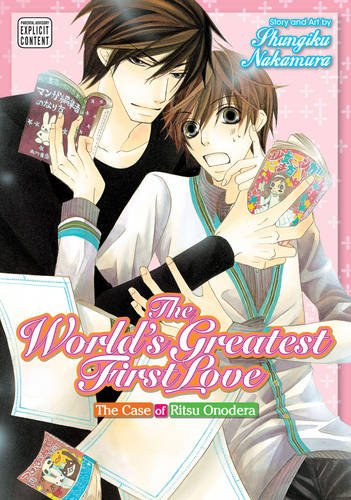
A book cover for The World's Greatest First Love, Vol. 1; Shungiku Nakamura; Comics & Graphic Novels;